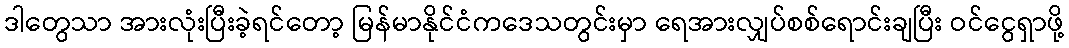
ဒါတွေသာ အားလုံးပြီးခဲ့ရင်တော့ မြန်မာနိုင်ငံကဒေသတွင်းမှာ ရေအားလျှပ်စစ်ရောင်းချပြီး ဝင်ငွေရှာဖို့